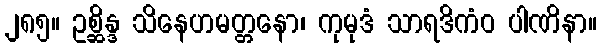
၂၈၅။ ဥစ္ဆိန္ဒ သိနေဟမတ္တနော၊ ကုမုဒံ သာရဒိကံဝ ပါဏိနာ။